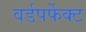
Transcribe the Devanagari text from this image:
वर्डपर्फेक्ट